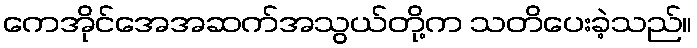
ကေအိုင်အေအဆက်အသွယ်တို့က သတိပေးခဲ့သည်။